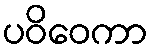
ပဝိဝေကာ